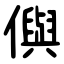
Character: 㒜